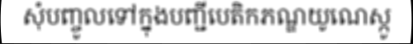
សុំបញ្ចូលទៅក្នុងបញ្ជីបេតិកភណ្ឌយូណេស្កូ